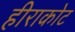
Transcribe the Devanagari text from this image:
हीराकोट